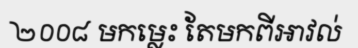
២០០៨ មកម្លេះ តែមកពីអាវល់